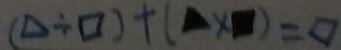
( \Delta \div \square ) + ( \Delta \times \square ) = \square